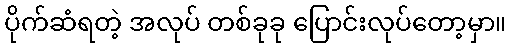
ပိုက်ဆံရတဲ့ အလုပ် တစ်ခုခု ပြောင်းလုပ်တော့မှာ။